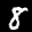
Label: 8